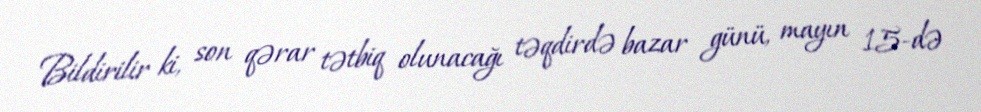
Bildirilir ki, son qərar tətbiq olunacağı təqdirdə bazar günü, mayın 15-də